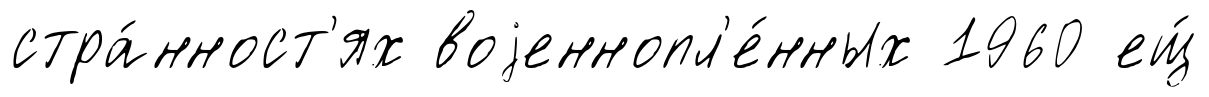
стра́нност'ях воjеннопл'е́нных 1960 ещ́